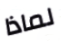
لماذا